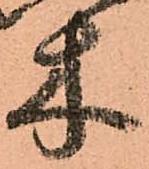
木